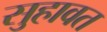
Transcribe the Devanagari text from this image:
सुहावत